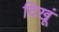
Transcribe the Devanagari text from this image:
दिखूं